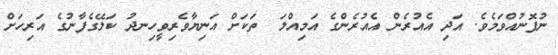
ނުފޮނުއްވަމެވެ. އަދި އެއުރެން އެއުރެންގެ އަމިއްލަ  ތަކަށް އަނިޔާވެރިވީހިނދު ކަލޭގެފާނުގެ އަރިހަށް